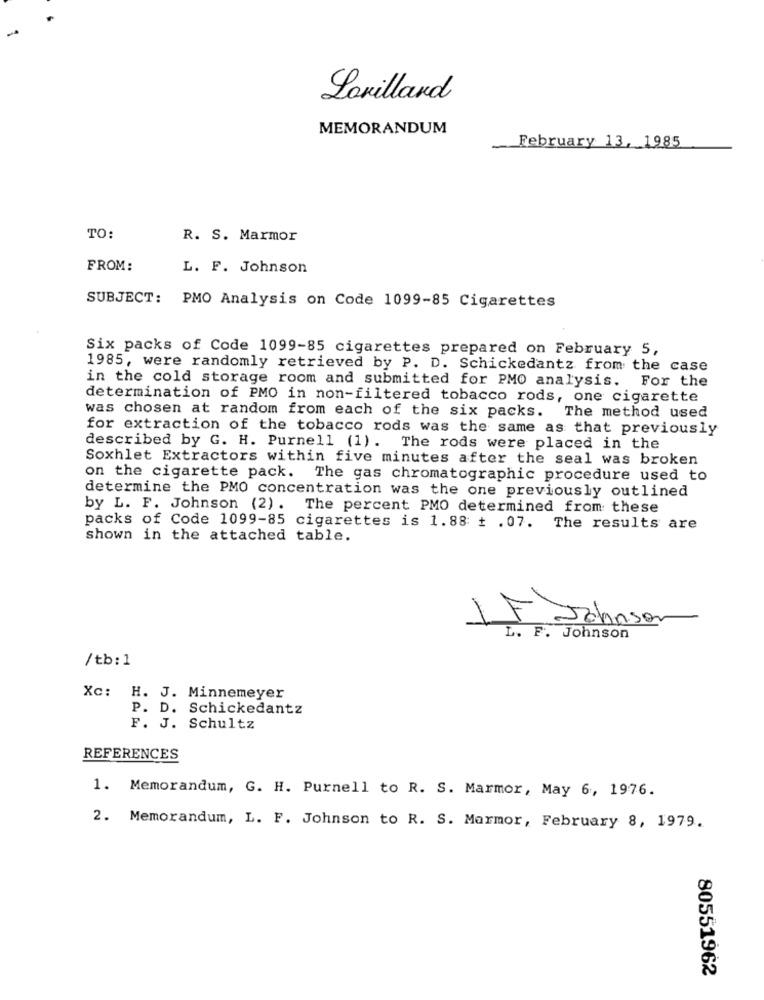
Lovillard
MEMORANDUM
February 13, 1985
TO:
R. S. Marmor
FROM:
L. F. Johnson
SUBJECT: PMO Analysis on Code 1099-85 Cigarettes
Six packs of Code 1099-85 cigarettes prepared on February 5,
1985, were randomly retrieved by P. D. Schickedantz from the case
in the cold storage room and submitted for PMO analysis. For the
determination of PMO in non-filtered tobacco rods, one cigarette
was chosen at random from each of the six packs. The method used
for extraction of the tobacco rods was the same as that previously
described by G. H. Purnell (1) . The rods were placed in the
Soxhlet Extractors within five minutes after the seal was broken
on the cigarette pack. The gas chromatographic procedure used to
determine the PMO concentration was the one previously outlined
by L. F. Johnson (2) . The percent PMO determined from these
packs of Code 1099-85 cigarettes is 1.88 + .07. The results are
shown in the attached table.
LF Johnson
L. F. Johnson
/tb: 1
Xc: H. J. Minnemeyer
P. D. Schickedantz
F. J. Schultz
REFERENCES
1. Memorandum, G. H. Purnell to R. S. Marmor, May 6, 1976.
2. Memorandum, L. F. Johnson to R. S. Marmor, February 8, 1979.
80551962